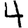
Digit: 4